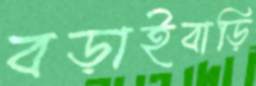
বড়াইবাড়ি